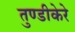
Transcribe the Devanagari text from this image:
तुण्डीकेरे